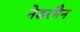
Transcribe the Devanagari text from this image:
नेडरमैन